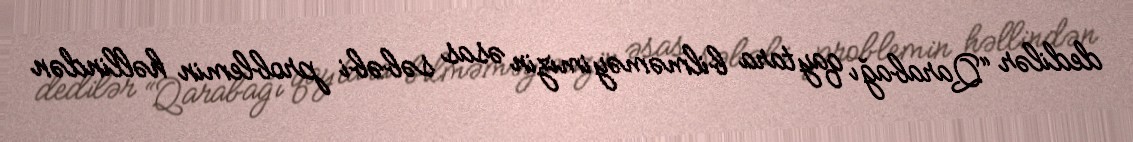
dedilər “Qarabağı qaytara bilməməyimizin əsas səbəbi problemin həllindən